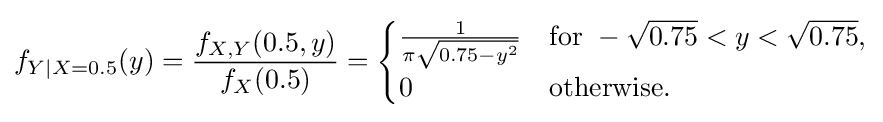
f_{Y|X=0.5}(y)={\frac {f_{X,Y}(0.5,y)}{f_{X}(0.5)}}={\begin{cases}{\frac {1}{\pi {\sqrt {0.75-y^{2}}}}}&{\text{for }}-{\sqrt {0.75}}<y<{\sqrt {0.75}},\\0&{\text{otherwise}}.\end{cases}}